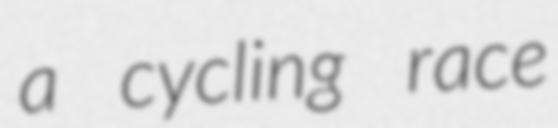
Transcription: a cycling race